Lunatic asylums Punjab 1881-1894 - 1881-1894
Year: 1881
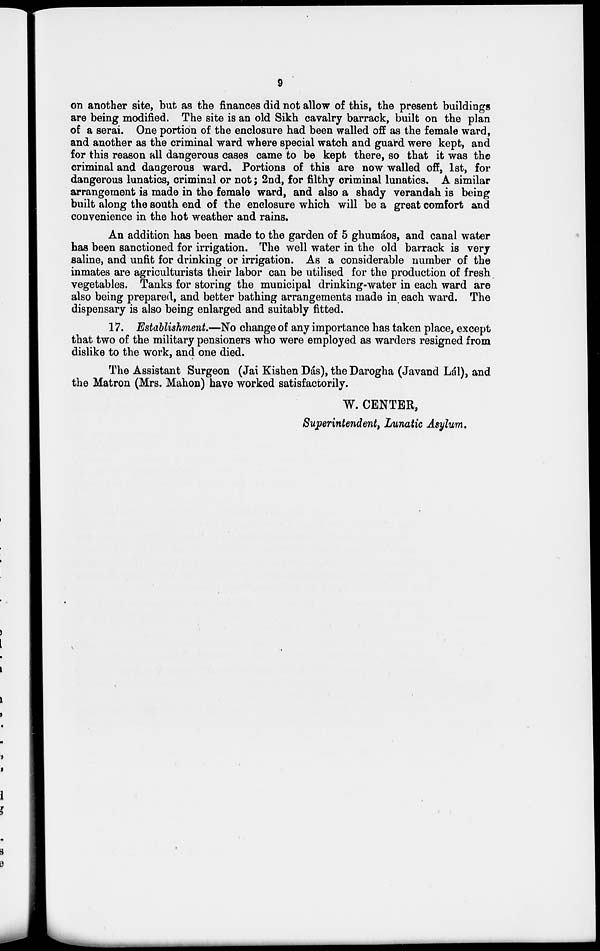
9
on another site, but as the finances did not allow of this, the present buildings
are being modified. The site is an old Sikh cavalry barrack, built on the plan
of a serai. One portion of the enclosure had been walled off as the female ward,
and another as the criminal ward where special watch and guard were kept, and
for this reason all dangerous cases came to be kept there, so that it was the
criminal and dangerous ward. Portions of this are now walled off, 1st, for
dangerous lunatics, criminal or not; 2nd, for filthy criminal lunatics. A similar
arrangement is made in the female ward, and also a shady verandah is being
built along the south end of the enclosure which will be a great comfort and
convenience in the hot weather and rains.
An addition has been made to the garden of 5 ghumáos, and canal water
has been sanctioned for irrigation. The well water in the old barrack is very
saline, and unfit for drinking or irrigation. As a considerable number of the
inmates are agriculturists their labor can be utilised for the production of fresh
vegetables. Tanks for storing the municipal drinking-water in each ward are
also being prepared, and better bathing arrangements made in each ward. The
dispensary is also being enlarged and suitably fitted.
17. Establishment.—No change of any importance has taken place, except
that two of the military pensioners who were employed as warders resigned from
dislike to the work, and one died.
The Assistant Surgeon (Jai Kishen Dás), the Darogha (Javand Lál), and
the Matron (Mrs. Mahon) have worked satisfactorily.
W. CENTER,
Superintendent, Lunatic Asylum.